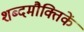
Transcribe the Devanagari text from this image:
शब्दमौक्तिकें